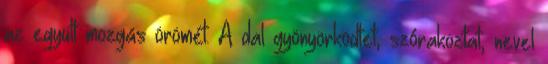
az együtt mozgás örömét. A dal gyönyörködtet, szórakoztat, nevel